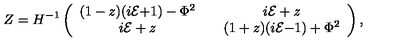
\ Z = H ^ { - 1 } \left( \begin{array} { c c c } { ( 1 - z ) ( i \cal E \mathrm { + 1 ) - \mathrm { \Phi } ^ { 2 } } } & { } & { i \cal E \it + z } \\ { i \cal E \it + z } & { } & { ( 1 + z ) ( i \cal E \mathrm { - 1 ) + \mathrm { \Phi } ^ { 2 } } } \\ \end{array} \right) ,